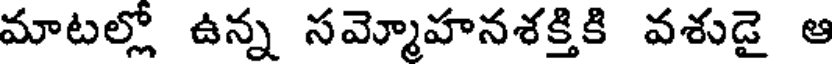
మాటల్లో ఉన్న సమ్మోహనశక్తికి వశుడై ఆ